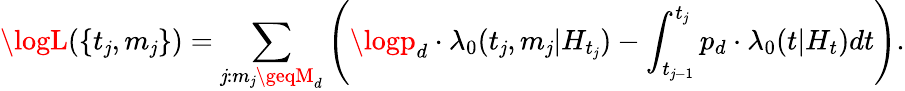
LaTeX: \logL(\{ t_{\mathit{j}},m_{\mathit{j}}\} )=\sum_{\mathit{j}:m_{\mathit{j}}\geqM_{d}}\left(\logp_{d}\cdot\lambda_{0}(t_{\mathit{j}},m_{\mathit{j}}|H_{t_{\mathit{j}}})-\int_{t_{\mathit{j}-1}}^{t_{\mathit{j}}}p_{d}\cdot\lambda_{0}(t|H_{t})dt\right).